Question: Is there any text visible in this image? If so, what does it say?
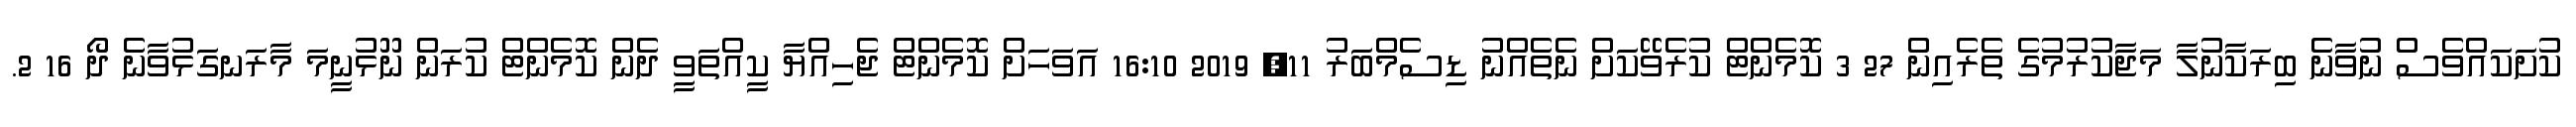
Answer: ކުށަކައްވެސް ނުވާނެ ބިރަކާނުލާ މަޖާކުރުމުގެ ތެރެއިން 27 3 ކޮމެންޓް ކުރެވޭކަށް ނެތެއްނު ޑިސެމްބަރު 11, 2019 16:10 އަވަހަށް ކޮމެންޓް ޖެހިއްޔާ ކީއްތަވީ ދެން ކޮމެންޓް ކުރަން ނޫޅުނީމަ މާރަނގަޅުވާނެ ދޯ 16 2.